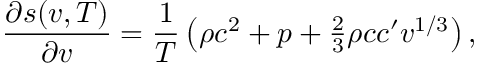
{ \frac { \partial s ( v , T ) } { \partial v } } = { \frac { 1 } { T } } \left( \rho c ^ { 2 } + p + \textstyle { \frac { 2 } { 3 } } \rho c c ^ { \prime } v ^ { 1 / 3 } \right) ,